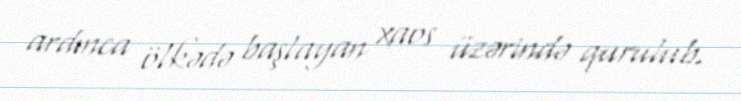
ardınca ölkədə başlayan xaos üzərində qurulub.